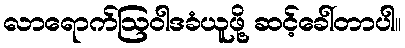
လာရောက်ဩဝါဒခံယူဖို့ ဆင့်ခေါ်တာပါ။